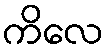
ကိလေ